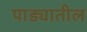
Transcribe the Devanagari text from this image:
पाड्यातील